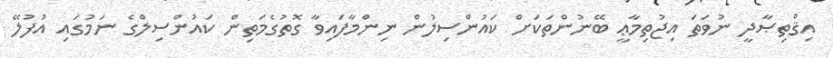
އިޤްތިޞާދީ ނުވަތަ އިޖުތިމާޢީ ބޭނުންތަކަށް ކައުންސިލުން ނިންމާފައިވާ ގޮތުގެމަތިން ކައުންސިލްގެ ނަމުގައި އުފުލޭ